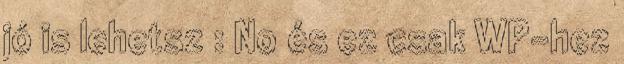
jó is lehetsz : No és ez csak WP-hez